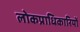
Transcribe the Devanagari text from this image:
लोकप्राधिकारियों